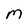
Character: M